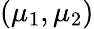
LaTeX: (\mu_{1},\mu_{2})